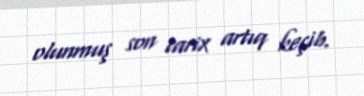
olunmuş son tarix artıq keçib.